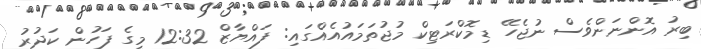
ބިރު އޮންނަންވެސް ނުޖެހޭ ޑިމޮކްރަޓިކް މުޖުތަމައުއެއްގައި: ފައްޔާޒް 12:32 މީގެ ފަހުން ކަދުރު